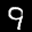
Label: 9